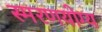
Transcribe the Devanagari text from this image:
स्मरणयोग्य